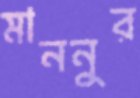
মাননুর